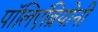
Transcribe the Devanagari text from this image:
पॉलिएंब्रियोनी